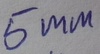
Text: 5mm